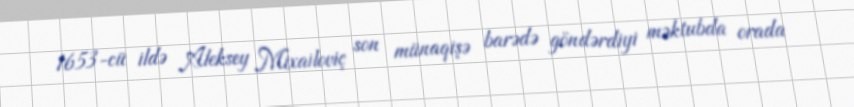
1653-cü ildə Aleksey Mixailoviç son münaqişə barədə göndərdiyi məktubda orada